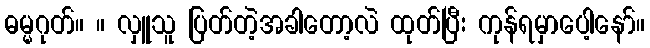
ဓမ္မဂုတ်။ ။ လှူသူ ပြတ်တဲ့အခါတော့လဲ ထုတ်ပြီး ကုန်ရမှာပေါ့နော်။